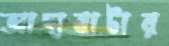
আদাবাটার